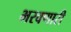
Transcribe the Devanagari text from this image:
भरवणारी